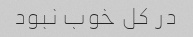
در کل خوب نبود